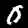
Digit: 0